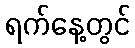
ရက်နေ့တွင်